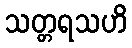
သတ္တရသဟိ